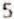
5